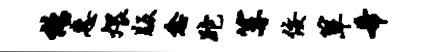
绍惠煨版愈跎篝佞箪希